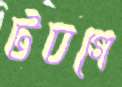
টবগে